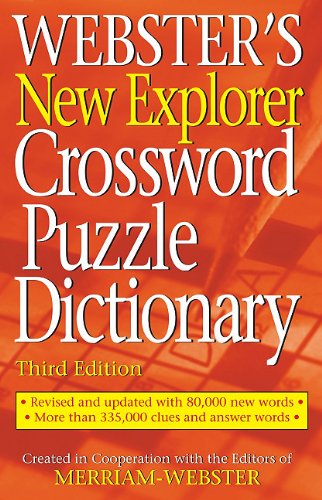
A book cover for Webster's New Explorer Crossword Puzzle Dictionary; Merriam-Webster; Reference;